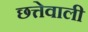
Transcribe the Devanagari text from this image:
छत्तेवाली